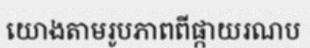
យោងតាមរូបភាពពីផ្កាយរណប